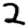
Digit: 2